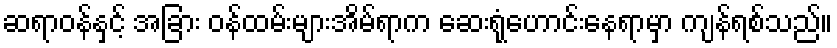
ဆရာဝန်နှင့် အခြား ဝန်ထမ်းများအိမ်ရာက ဆေးရုံဟောင်းနေရာမှာ ကျန်ရစ်သည်။